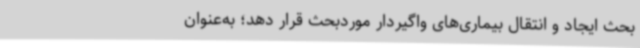
بحث ایجاد و انتقال بیماری‌های واگیردار موردبحث قرار دهد؛ به‌عنوان